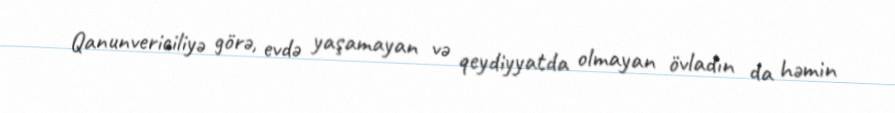
Qanunvericiliyə görə, evdə yaşamayan və qeydiyyatda olmayan övladın da həmin